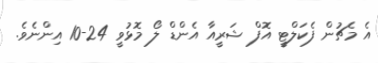
އެ މެޗުން ފެކަލްޓީ އޮފް ޝަރީއާ އެންޑް ލޯ މޮޅުވީ 24-10 އިންނެވެ.